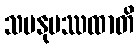
သမနုပဿထာတိ